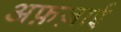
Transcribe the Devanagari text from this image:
अफ़ज़ाई